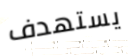
يستهدف